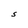
Character: S